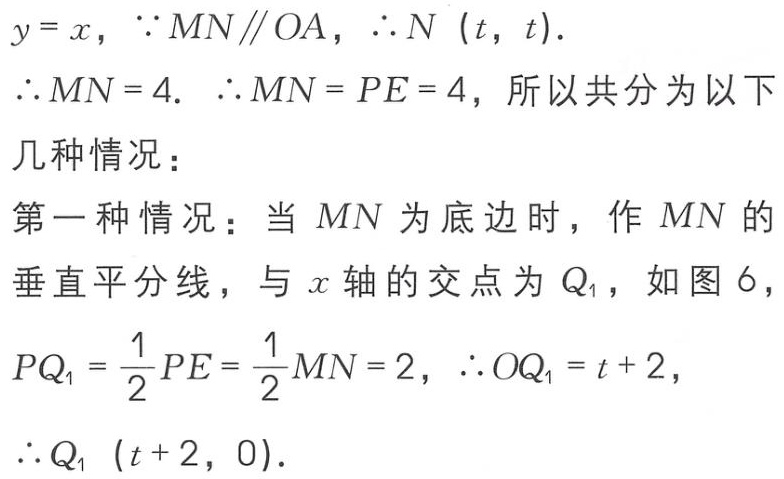
\(y = x\)，\(\because MN\parallel OA\)，\(\therefore N\ (t,\ t)\).

\(\therefore MN = 4\). \(\therefore MN = PE = 4\)，所以共分为以下几种情况：

第一种情况：当 \(MN\)为底边时，作 \(MN\)的垂直平分线，与 \(x\)轴的交点为 \(Q_1\)，如图6，

\(PQ_1=\frac{1}{2}PE=\frac{1}{2}MN = 2\)，\(\therefore OQ_1=t + 2\)，

\(\therefore Q_1\ (t + 2,\ 0)\).